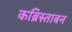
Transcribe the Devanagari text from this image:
कब्रिस्ताबन